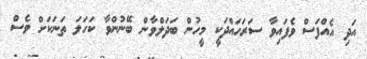
އަދި އެއްފަސް ވެފައިވާ ސަރަހައްދަކީ މީހުން ބަދަލްވާން ބޭނުންވާ ކަހަލަ ތަނަކަށް ވެސް